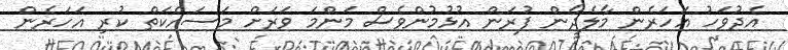
އެދުވަހު އަހަރެން މާލެދާން ފުރަން އުޅުމުންވެސް މަންމަ ވަރަށް މަސައްކަތް ކުރި އަހަރެން